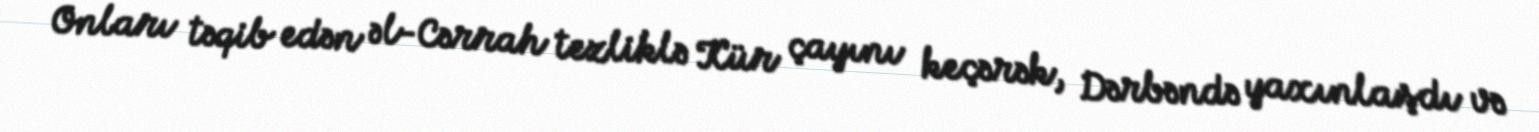
Onları təqib edən əl-Cərrah tezliklə Kür çayını keçərək, Dərbəndə yaxınlaşdı və